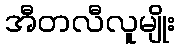
အီတလီလူမျိုး